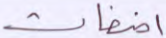
أضغاث